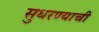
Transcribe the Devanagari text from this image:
सुधरण्याची